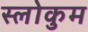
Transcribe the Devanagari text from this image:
स्लोकुम